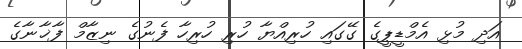
އަދި މުޅި އެމްޑީޕީގެ ގޭގައި ހުރިއްޔާ ހުރި ހުރިހާ ފެނުގެ ނިޒާމް ފާޚާނާގެ